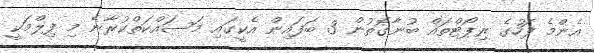
އެންމެ ފަހުގެ ރިޕޯޓްތައް ބުނާގޮތުން 3 ބަފައިން އެކީގައި މަސައްކަތްކުރާނެ މި ފިލްމަކީ